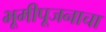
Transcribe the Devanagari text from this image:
भूमीपूजनाचा